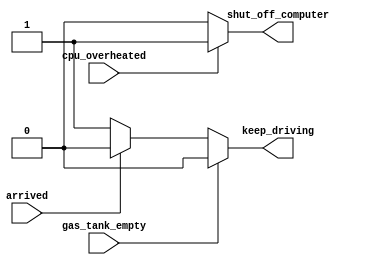
module top_module (
    input      cpu_overheated,
    output reg shut_off_computer,
    input      arrived,
    input      gas_tank_empty,
    output reg keep_driving  ); //

    always @(*) begin
        if (cpu_overheated)
           shut_off_computer = 1;
        else 
           shut_off_computer = 0;
    end

    always @(*) begin
        if(gas_tank_empty)
            keep_driving = 0;
        else if (~arrived)
           keep_driving = 1;
        else 
            keep_driving=0;
    end

endmodule